Indian journal of veterinary science and animal husbandry - Volumes 15-17, 1948-1951
Year: 1948
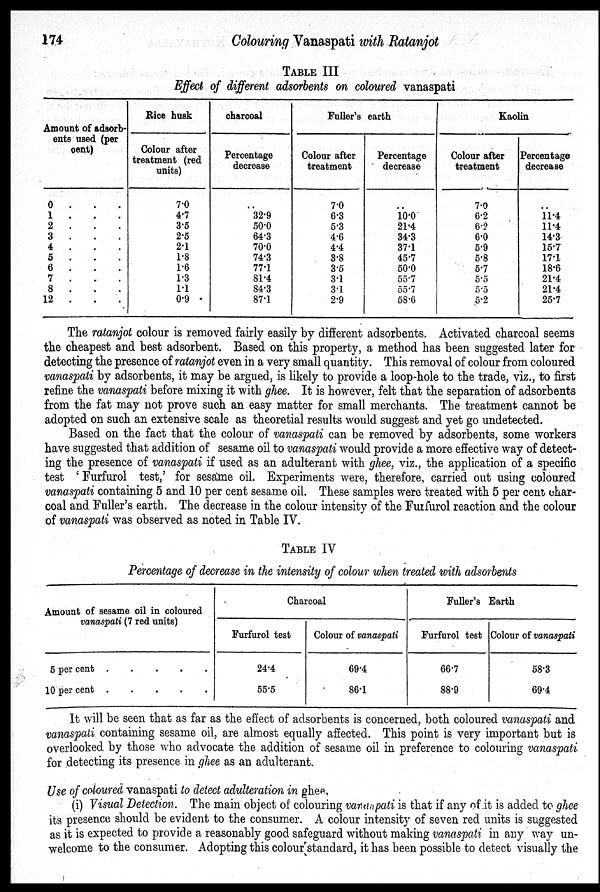
174
Colouring Vanaspati with Ratanjot
TABLE III
Effect of different adsorbents on coloured vanaspati
Amount of adsorb-
ents used (per
cent)
0 . . .
1 . . .
2 . . .
3 . . .
4 . . .
5 . . .
6 . . .
7 . . .
8 . . .
12 . . .
Rice husk
Colour after
units)
7.0
4.7
3.5
2.5
2.1
1.8
1.6
1.3
1.1
0.9
charcoal
Percentage
decrease
32.9
50.0
64.3
70.0
74.3
77.1
81.4
84.3
87.1
Fuller's earth
Colour after
treatment
7.0
6.3
5.3
4.6
4.4
3.8
3.5
3.1
3.1
2.9
Percentage
decrease
..
10.0
21.4
34.3
37.1
45.7
50.0
55.7
55.7
58.6
Kaolin
Colour after
treatment
7.0
6.2
6.2
6.0
5.9
5.8
5.7
5.5
5.5
5.2
Percentage
decrease
..
11.4
11.4
14.3
15.7
17.1
18.6
21.4
21.4
25.7
The ratanjot colour is removed fairly easily by different adsorbents. Activated charcoal seems
the cheapest and best adsorbent. Based on this property, a method has been suggested later for
detecting the presence of ratanjot even in a very small quantity. This removal of colour from coloured
vanaspati by adsorbents, it may be argued, is likely to provide a loop-hole to the trade, viz., to first
refine the vanaspati before mixing it with ghee. It is however, felt that the separation of adsorbents
from the fat may not prove such an easy matter for small merchants. The treatment cannot be
adopted on such an extensive scale as theoretial results would suggest and yet go undetected.
Based on the fact that the colour of vanaspati can be removed by adsorbents, some workers
have suggested that addition of sesame oil to vanaspati would provide a more effective way of detect-
ing the presence of vanaspati if used as an adulterant with ghee, viz., the application of a specific
test 'Furfurol test,' for sesame oil. Experiments were, therefore, carried out using coloured
vanaspati containing 5 and 10 per cent sesame oil. These samples were treated with 5 per cent char-
coal and Fuller's earth. The decrease in the colour intensity of the Furfurol reaction and the colour
of vanaspati was observed as noted in Table IV.
TABLE IV
Percentage of decrease in the intensity of colour when treated with adsorbents
Amount of sesame oil in coloured
vanaspati (7 red units)
5 per cent .
.
.
.
.
10 per cent . . . . .
Charcoal
Furfurol test
24.4
55.5
Colour of vanaspati
69.4
86.1
Fuller's Earth
Furfurol test
66.7
88.9
Colour of vanaspati
58.3
69.4
It will be seen that as far as the effect of adsorbents is concerned, both coloured vanaspati and
vanaspati containing sesame oil, are almost equally affected. This point is very important but is
overlooked by those who advocate the addition of sesame oil in preference to colouring vanaspati
for detecting its presence in ghee as an adulterant.
Use of coloured vanaspati to detect adulteration in ghee.
(i) Visual Detection. The main object of colouring vandapati is that if any of it is added to ghee
its presence should be evident to the consumer. A colour intensity of seven red units is suggested
as it is expected to provide a reasonably good safeguard without making vanaspati in any way un-
welcome to the consumer. Adopting this colour standard, it has been possible to detect visually the